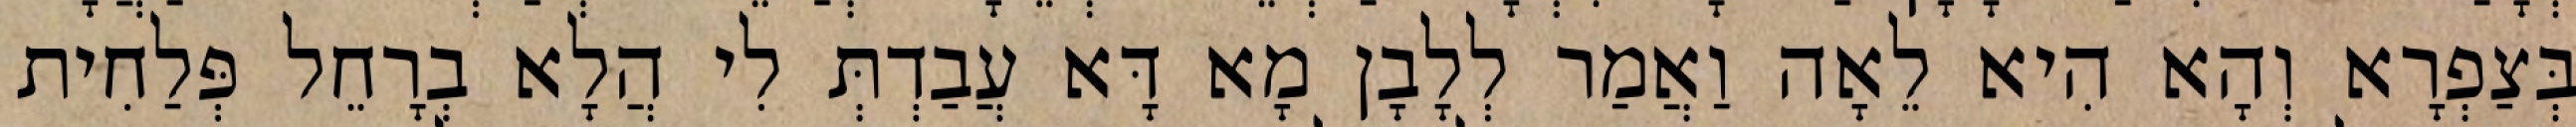
בְּצַפְרָא וְהָא הִיא לֵאָה וַאֲמַר לְלָבָן מָא דָּא עֲבַדְתְּ לִי הֲלָא בְרָחֵל פְּלַחִית